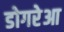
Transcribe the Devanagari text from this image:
डोगरेआ